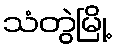
သံတွဲမြို့